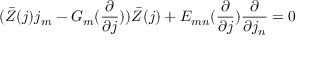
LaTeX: ( \bar { Z } ( j ) j _ { m } - G _ { m } ( \frac { \partial } { \partial j } ) ) \bar { Z } ( j ) + E _ { m n } ( \frac { \partial } { \partial j } ) \frac { \partial } { \partial j _ { n } } = 0